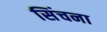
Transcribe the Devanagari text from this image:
सिंचना